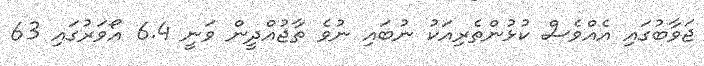
ޖަވާބުގައި އެއްވެސް ކުޅުންތެރިއަކު ނުބައި ނުވެ ތާޖުއްދީން ވަނީ 6.4 އޯވަރުގައި 63